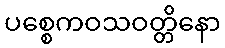
ပစ္စေကဝသဝတ္တိနော